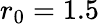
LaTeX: r_{0}=1.5